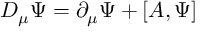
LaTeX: D _ { \mu } \Psi = \partial _ { \mu } \Psi + \left[ A , \Psi \right]